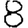
Digit: 8